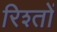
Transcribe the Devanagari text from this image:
रिश्‍तों